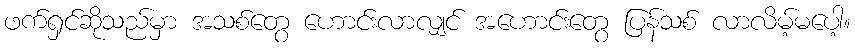
ဖက်ရှင်ဆိုသည်မှာ အသစ်တွေ ဟောင်းလာလျှင် အဟောင်းတွေ ပြန်သစ် လာလိမ့်မပေါ့။